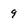
Character: 9